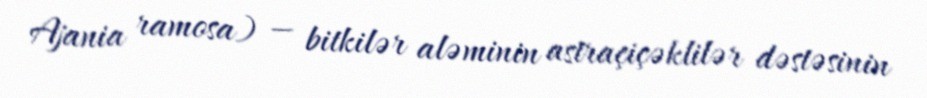
Ajania ramosa) — bitkilər aləminin astraçiçəklilər dəstəsinin